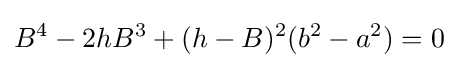
B^{4}-2hB^{3}+(h-B)^{2}(b^{2}-a^{2})=0